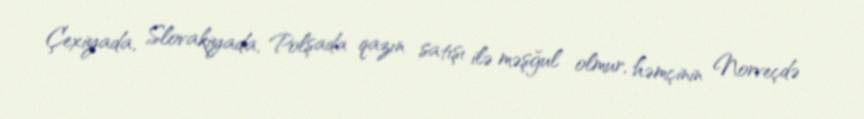
Çexiyada, Slovakiyada, Polşada qazın satışı ilə məşğul olmur, həmçinin Norveçdə